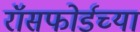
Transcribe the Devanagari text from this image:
रॉसफोर्डच्या